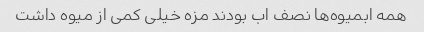
همه ابمیوه‌ها نصف اب بودند مزه خیلی کمی از میوه داشت